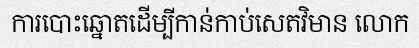
ការបោះឆ្នោតដើម្បីកាន់កាប់សេតវិមាន លោក